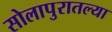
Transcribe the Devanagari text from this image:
सोलापुरातल्या